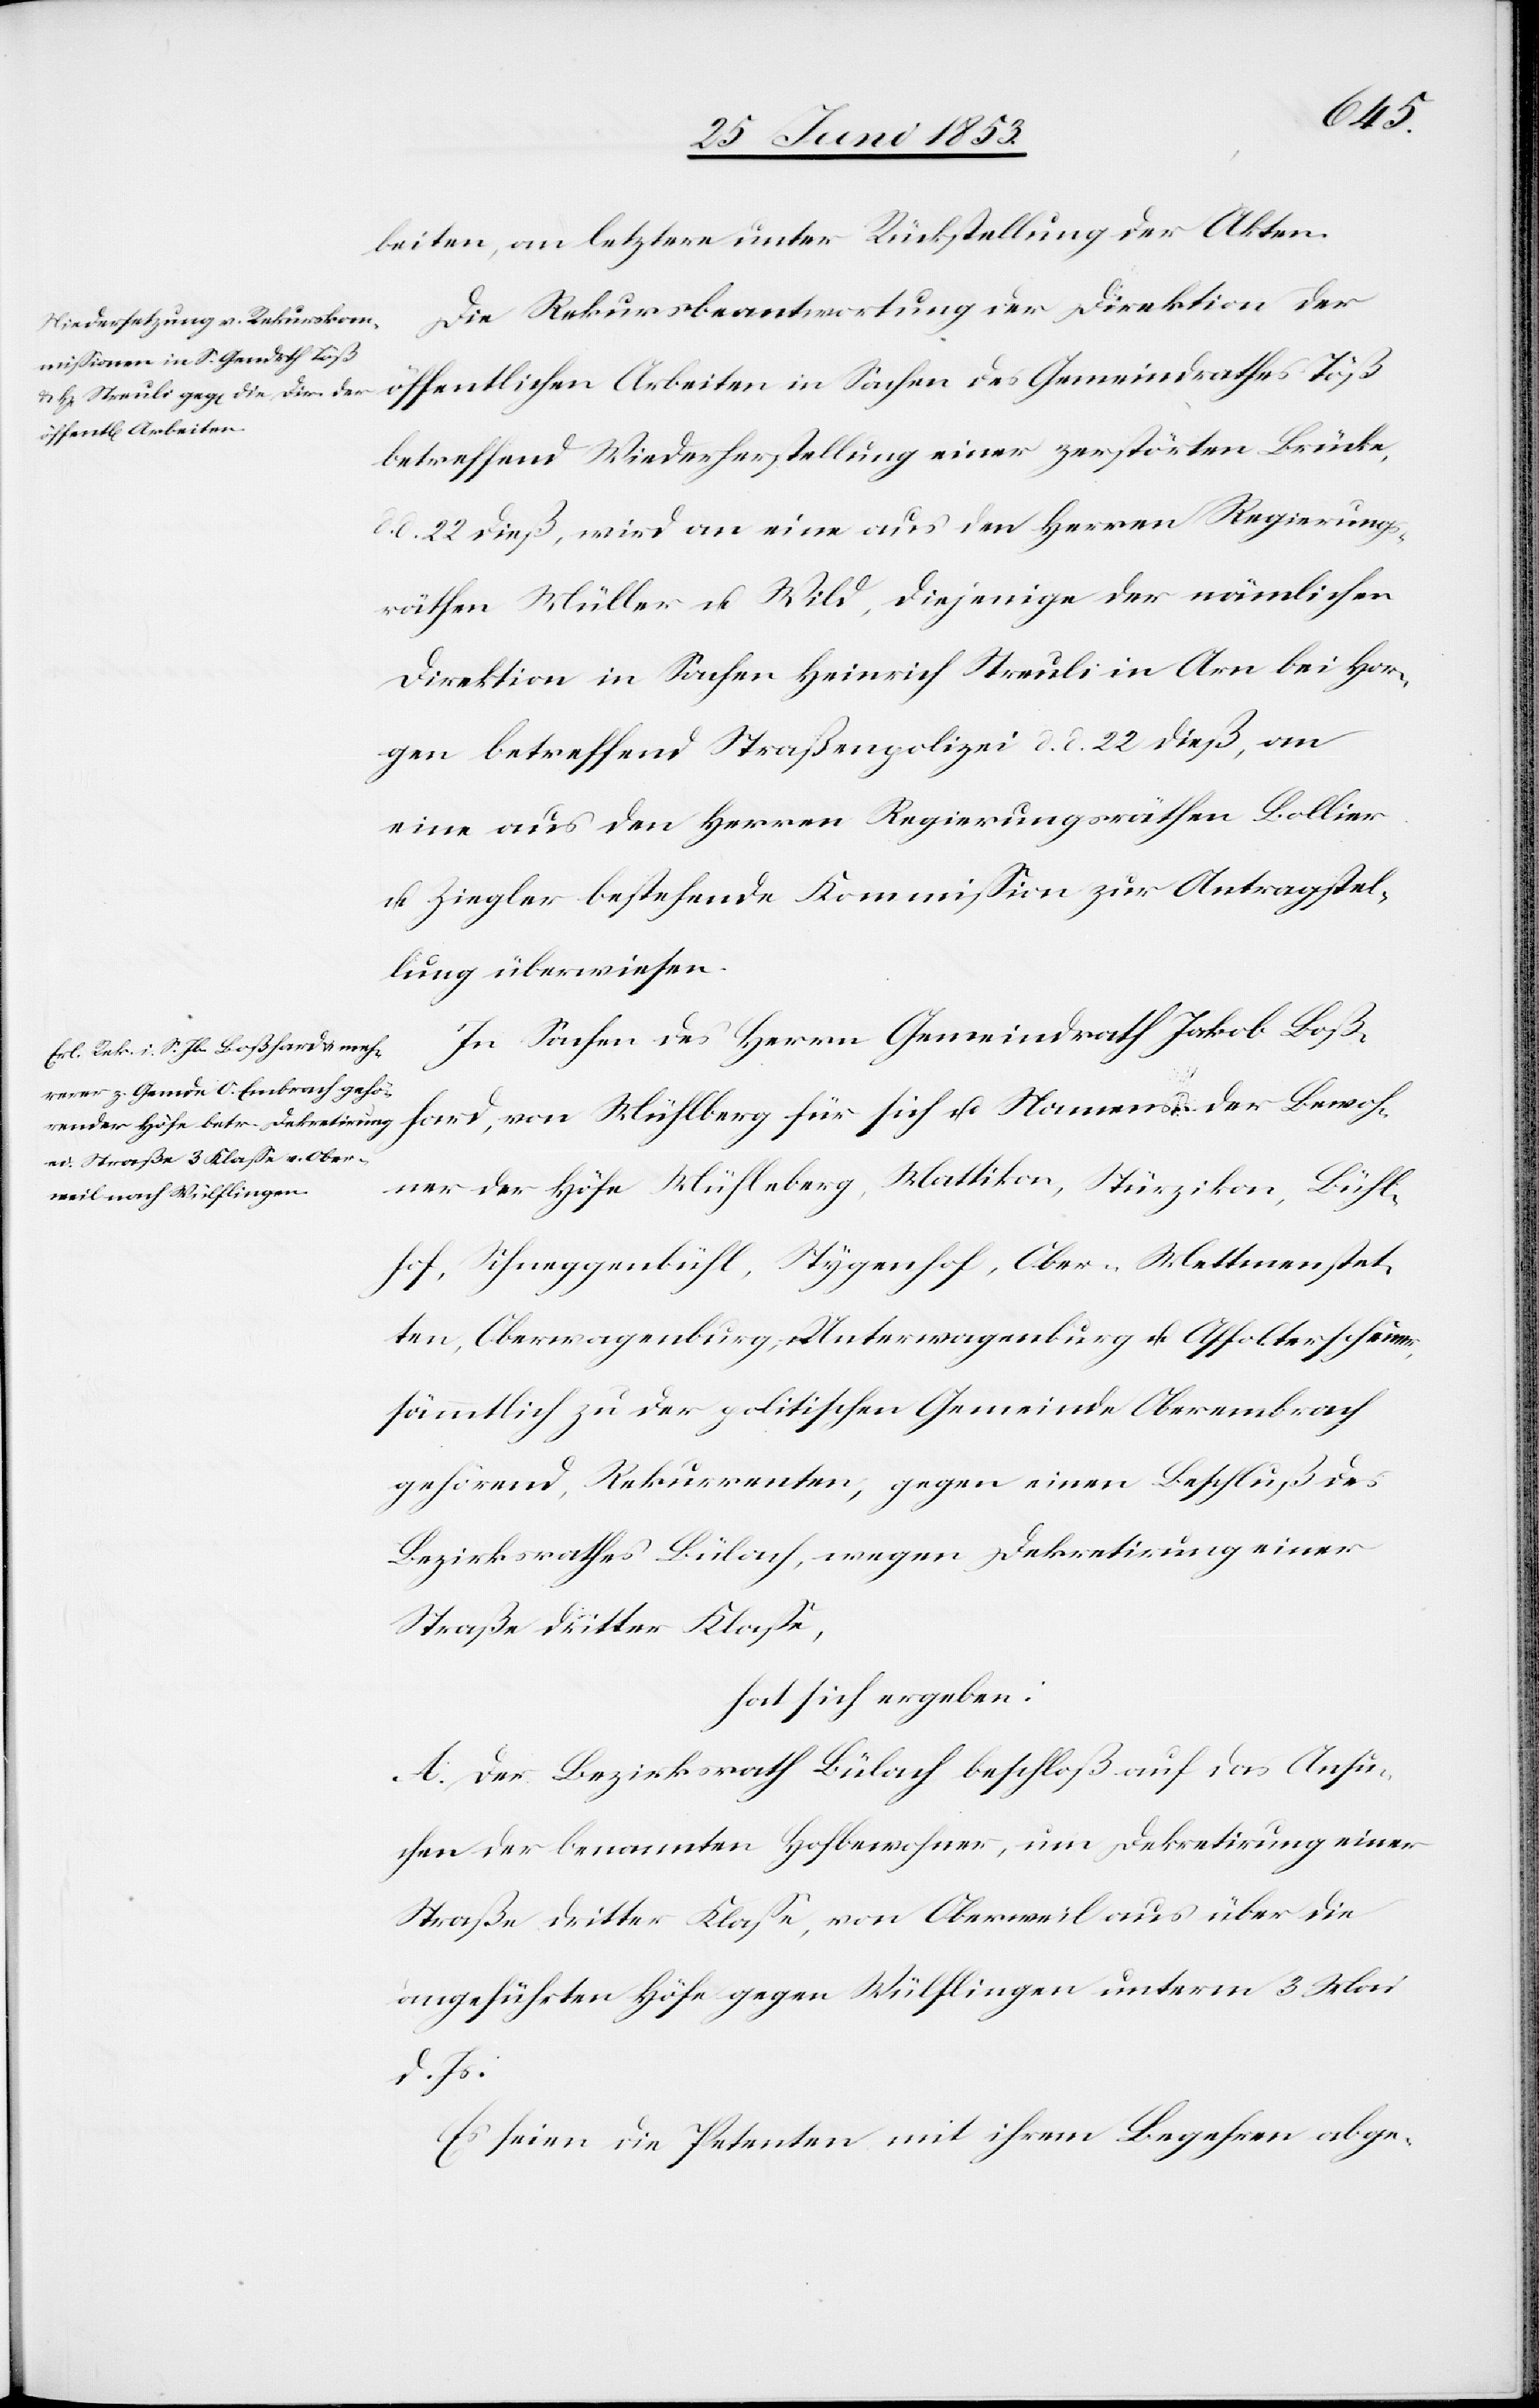
beiten, an letztere unter Rückstellung der Akten.
Die Rekursbeantwortung der Direktion der
öffentlichen Arbeiten in Sachen des Gemeindrathes Töß
betreffend Wiederherstellung einer zerstörten Brücke
d. 22 dieß, wird an eine aus den Herrn Regierungs¬
räthen Müller u. Wild, diejenige der nämlichen
Direktionen in Sachen Heinrich Streuli in Arn bei Hor¬
gen betreffend Straßenpolizei d. d. 22 dieß, an
eine aus den Herrn Regierungsräthen Bollier
u. Ziegler bestehende Kommißion zur Antragstel¬
lung überwiesen.
In Sachen des Herrn Gemeindrath Jakob Boß¬
hard, von Mühlberg für sich u. Namens der Bewoh¬
ner der Höfe Mühlberg, Mattikon, Stürzikon, Bühl¬
hof, Schneggenbühl, Stygenhof, Ober-Mettmenstet¬
ten, Oberwagenburg, Unterwagenburg u. Affolterscheinner
sämmtlich zu der politschen Gemeinde Oberembrach
gehörend, Rekurrenten, gegen einen Beschluß des
Bezirksrathes Bülach, wegen Dekretirung einer
Straße dritter Klaße,
hat sich ergeben:
A. Der Bezirksrath Bülach beschloß auf das Ansu¬
chen der benannten Hofbewohner, um Dekretirung einer
Straße dritter Klaße, von Oberweil aus über die
angeführten Höfe gegen Wülflingen unterm 3 Mai
d. Js.
Es seien die Petenten mit ihrem Begehren abge-